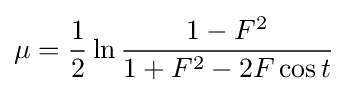
\mu ={\frac {1}{2}}\ln {\frac {1-F^{2}}{1+F^{2}-2F\cos t}}